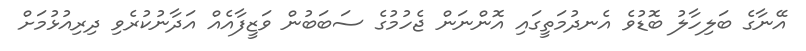
އޭނާގެ ބަލިހާލު ބޮޑުވެ އެނދުމަތީގައި އޮންނަން ޖެހުމުގެ ސަބަބުން ވަޒީފާއެއް އަދާނުކުރެވި ދިރިއުޅުމަށް